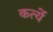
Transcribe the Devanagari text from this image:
कर्त्ये